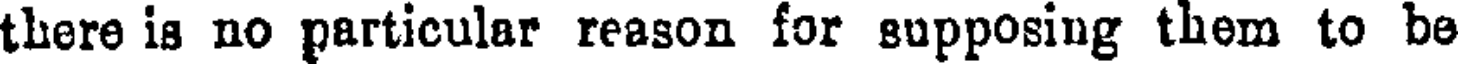
there is no particular reason for supposing them to be